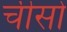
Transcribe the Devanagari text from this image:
चीसो